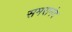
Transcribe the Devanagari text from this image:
समरानंद